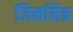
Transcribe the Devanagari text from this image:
जिनमित्र